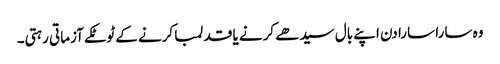
وہ سارا سارا دن اپنے بال سیدھے کرنے یا قد لمبا کرنے کے ٹوٹکے آزماتی رہتی۔